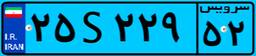
۲۵S۲۲۹۵۲